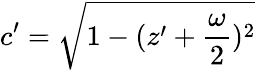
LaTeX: c^{\prime}=\sqrt{1-(z^{\prime}+\frac{\omega}{2})^{2}}